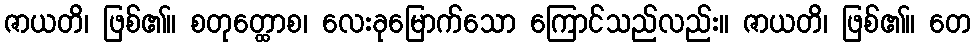
ဇာယတိ၊ ဖြစ်၏။ စတုတ္ထောစ၊ လေးခုမြောက်သော ကြောင်သည်လည်း။ ဇာယတိ၊ ဖြစ်၏။ တေ